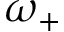
\omega _ { + }